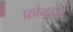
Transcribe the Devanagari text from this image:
फ़ोनद्वारे